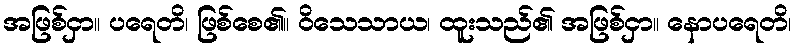
အဖြစ်ငှာ။ ပရေတိ၊ ဖြစ်စေ၏။ ဝိသေသာယ၊ ထူးသည်၏ အဖြစ်ငှာ။ နောပရေတိ၊